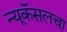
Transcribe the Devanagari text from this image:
न्यूकॅसलचा